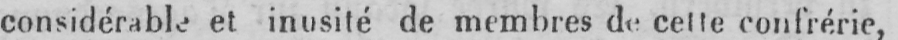
considérable et inusité de membres de cette confrérie,